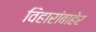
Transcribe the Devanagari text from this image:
विहारांबाहेर